Indian Medical Review
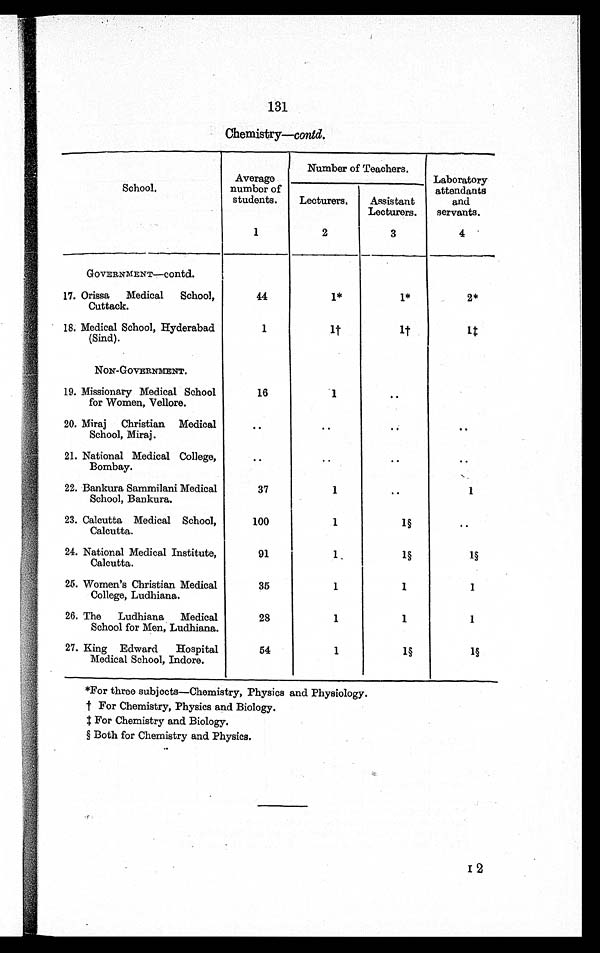
131
Chemistry—contd.
School.
Average
number of
students.
Number of Teachers.
Laboratory
attendants
and
servants.
Lecturers.
Assistant
Lecturers.
1
2
3
4
—
GOVERNMENT—Contd.
17. Orissa
Medical
School,
Cuttack.
44
1*
1*
2*
18. Medical School, Hyderabad
(Sind).
1
1
1
1
NON-GOVERNMENT.
19. Missionary Medical School
for Women, Vellore.
16
1
..
20. Miraj
Christian Medical
School, Miraj.
..
..
..
..
21. National Medical College,
Bombay.
..
..
..
..
22. Bankura Sammilani Medical
School, Bankura.
37
1
..
1
23. Calcutta Medical School,
Calcutta.
100
1
1
..
24. National Medical Institute,
Calcutta.
91
1
1
1
25. Women's Christian
Medical College , Ludhiana.
35
1
1
1
26. The
Ludhiana
Medical
School for Men, Ludhiana.
28
1
1
1
27. King Edward
Hospital
Medical School, Indore.
54
1
1
1
*For three subjects—Chemistry, Physics and Physiology
.
For Chemistry, Physics and Biology.
For Chemistry and Biology.
Both for Chemistry and Physics.